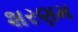
શરણમ